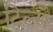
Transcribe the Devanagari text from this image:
टिल्मै